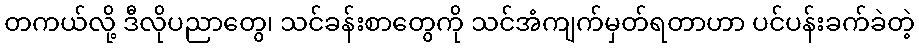
တကယ်လို့ ဒီလိုပညာတွေ၊ သင်ခန်းစာတွေကို သင်အံကျက်မှတ်ရတာဟာ ပင်ပန်းခက်ခဲတဲ့